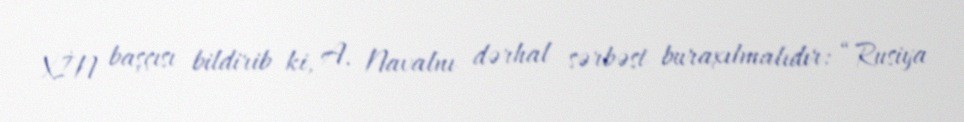
XİN başçısı bildirib ki, A. Navalnı dərhal sərbəst buraxılmalıdır: “Rusiya